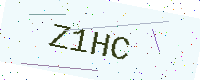
Text: Z1HC